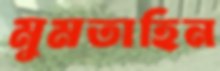
মুমতাহিন